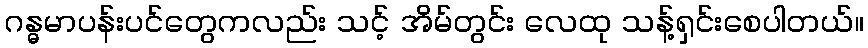
ဂန္ဓမာပန်းပင်တွေကလည်း သင့် အိမ်တွင်း လေထု သန့်ရှင်းစေပါတယ်။